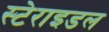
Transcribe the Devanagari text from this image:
स्टेराइडल